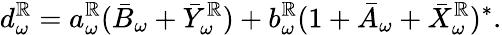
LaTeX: d_{\omega}^{\mathbb{R}}=a_{\omega}^{\mathbb{R}}(\bar{{B}}_{\omega}+\bar{{Y}}_{\omega}^{\mathbb{R}})+b_{\omega}^{\mathbb{R}}(1+\bar{{A}}_{\omega}+\bar{{X}}_{\omega}^{\mathbb{R}})^{\ast}.